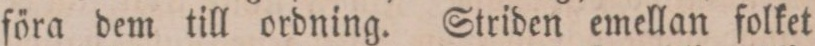
föra dem till ordning. Striden emellan folket